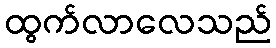
ထွက်လာလေသည်